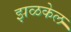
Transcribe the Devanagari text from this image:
झळकेल